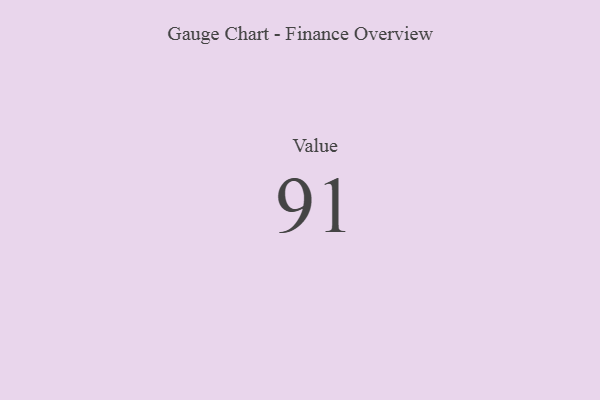
{"axis": {"x": "Metric", "y": "Value"}, "legend": [""], "data": [{"x": "Value", "y": 91, "type": ""}]}